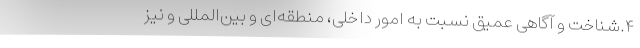
۴.شناخت و آگاهی عمیق نسبت به امور داخلی، منطقه‌ای و بین‌المللی و نیز